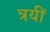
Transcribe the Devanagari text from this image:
त्रयीं